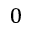
0